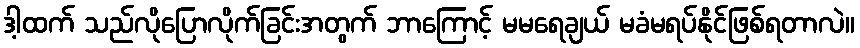
ဒါ့ထက် သည်လိုပြောလိုက်ခြင်းအတွက် ဘာကြောင့် မမရေချယ် မခံမရပ်နိုင်ဖြစ်ရတာလဲ။